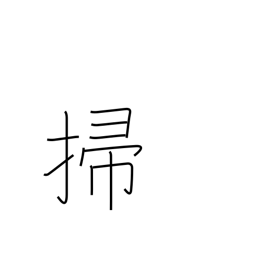
Meaning: sweep